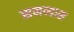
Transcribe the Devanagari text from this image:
समव्यास